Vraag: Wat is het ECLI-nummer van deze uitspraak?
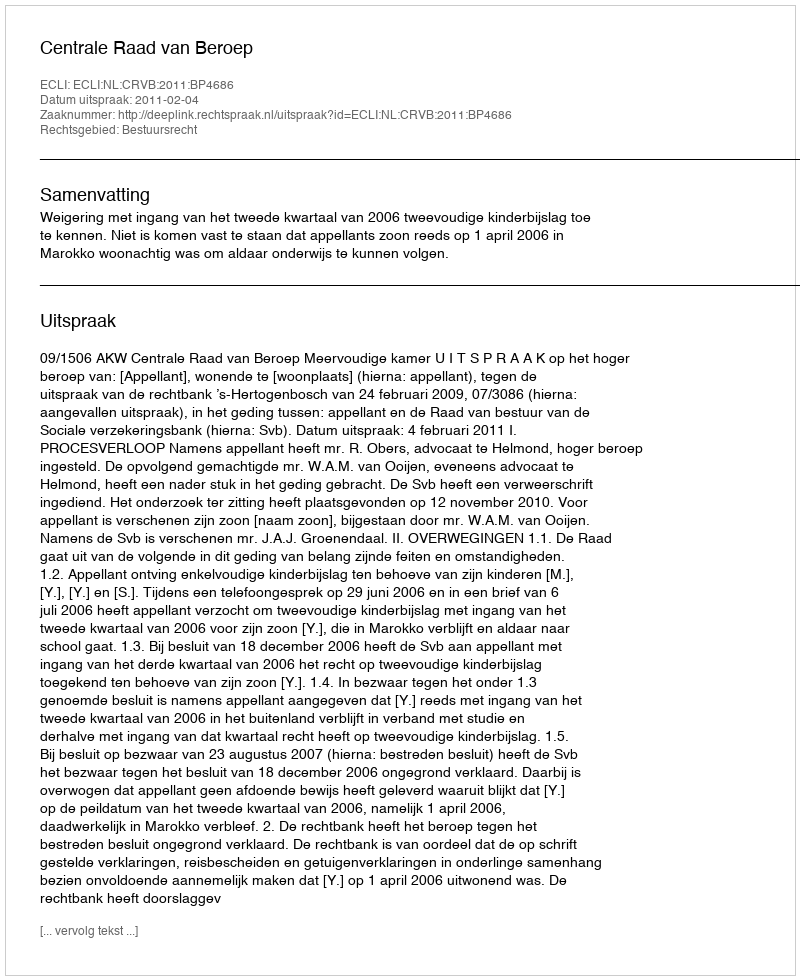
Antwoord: ECLI:NL:CRVB:2011:BP4686